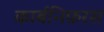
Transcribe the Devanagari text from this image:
कार्बनिफ़रस